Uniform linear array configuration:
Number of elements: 12
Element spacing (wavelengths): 0.75
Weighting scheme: hann
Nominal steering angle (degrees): -60
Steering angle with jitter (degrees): -61.908
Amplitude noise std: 0.05
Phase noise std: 0.05

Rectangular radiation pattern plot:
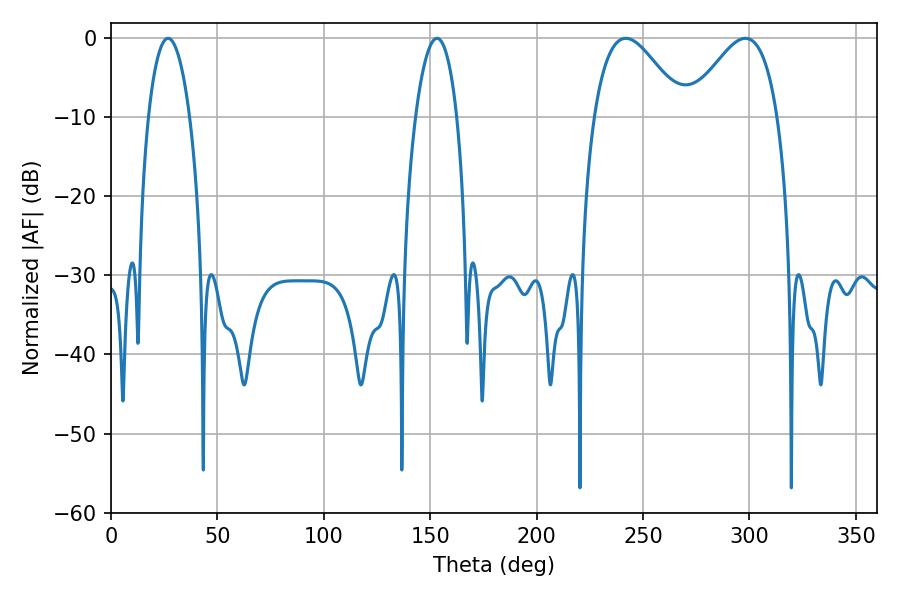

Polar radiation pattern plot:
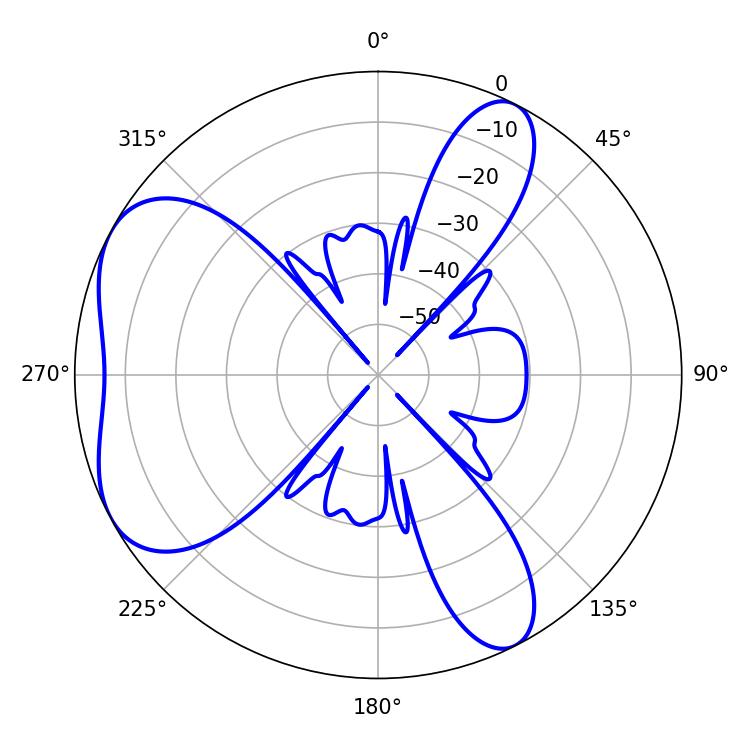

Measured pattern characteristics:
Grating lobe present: TRUE
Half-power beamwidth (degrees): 10.8
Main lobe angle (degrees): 26.82